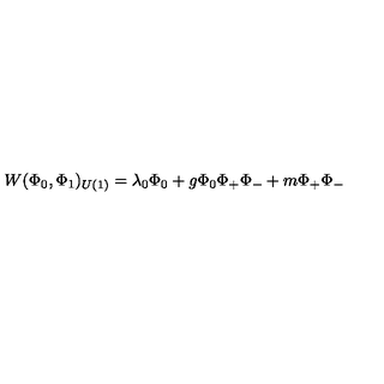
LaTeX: W ( \Phi _ { 0 } , \Phi _ { 1 } ) _ { U ( 1 ) } = \lambda _ { 0 } \Phi _ { 0 } + g \Phi _ { 0 } \Phi _ { + } \Phi _ { - } + m \Phi _ { + } \Phi _ { - }